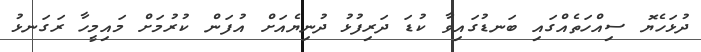
ދުޅަހެޔޮ ސިއްހަތެއްގައި ބަނޑުގައިވާ ކުޑަ ދަރިފުޅު ދުނިޔެއަށް އުފަން ކުރުމަށް މައިމީހާ ރަގަނޅު